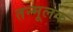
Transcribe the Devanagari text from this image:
तन्मूलक